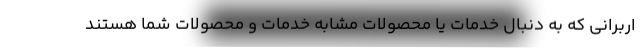
اربرانی که به دنبال خدمات یا محصولات مشابه خدمات و محصولات شما هستند